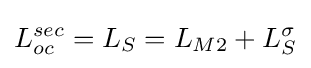
L_{oc}^{sec}=L_{S}=L_{M2}+L_{S}^{\sigma }